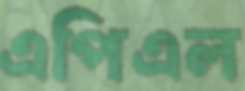
এপিএল